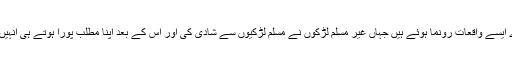
بہت سارے ایسے واقعات رونما ہوئے ہیں جہاں غیر مسلم لڑکوں نے مسلم لڑکیوں سے شادی کی اور اس کے بعد اپنا مطلب پورا ہوتے ہی انہیں چھوڑ دیا۔